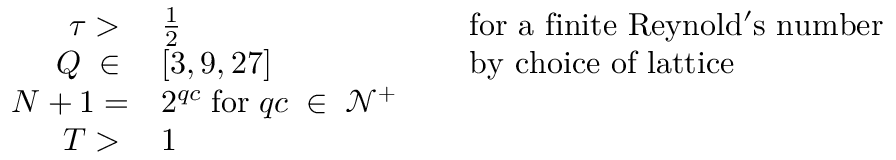
\begin{array} { r l r l } { \tau > \; } & { \frac { 1 } { 2 } } & { \; } & { \mathrm { f o r ~ a ~ f i n i t e ~ R e y n o l d ' s ~ n u m b e r ~ } } \\ { Q \; \in \; } & { [ 3 , 9 , 2 7 ] } & { \; } & { \mathrm { b y ~ c h o i c e ~ o f ~ l a t t i c e } } \\ { N + 1 = } & { 2 ^ { q c } \; \mathrm { f o r } \; q c \; \in \; \mathcal { N } ^ { + } } \\ { T > \; } & { 1 } \end{array}